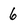
Character: 6